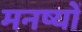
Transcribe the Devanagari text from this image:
मनष्यों